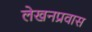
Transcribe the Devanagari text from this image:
लेखनप्रवास